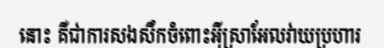
នោះ គឺជាការសងសឹកចំពោះអ៊ីស្រាអែលវាយប្រហារ